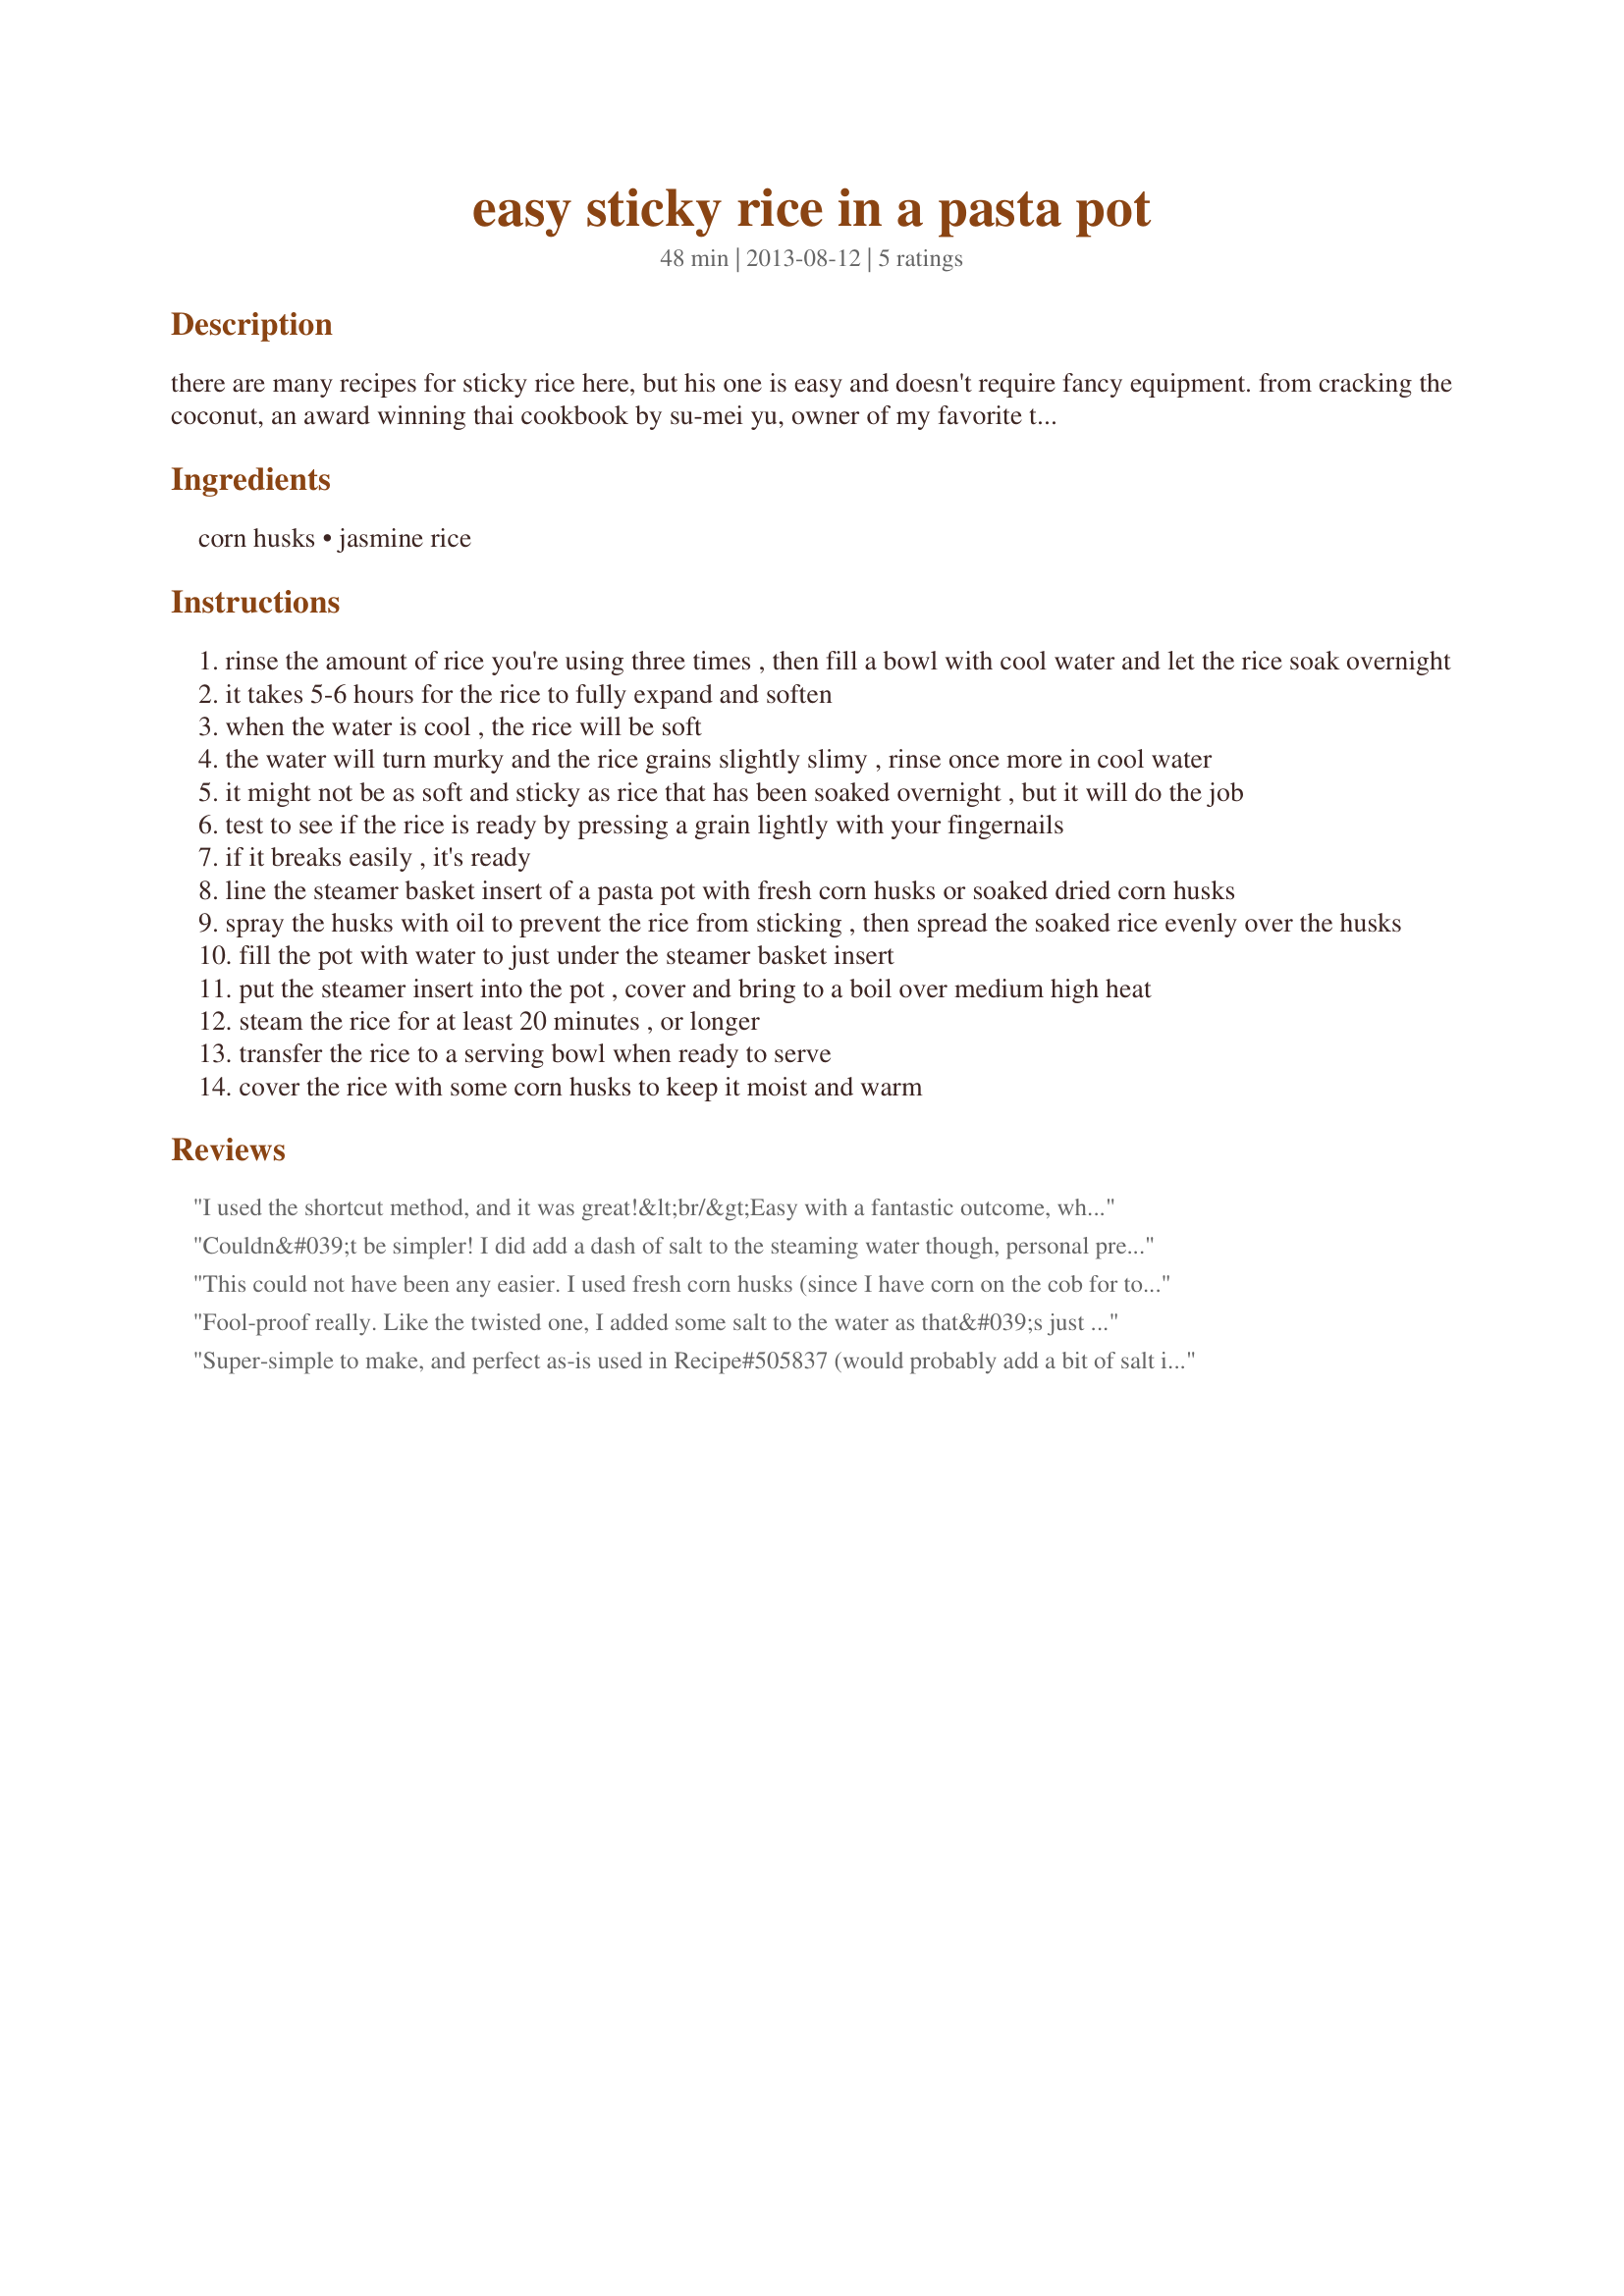
easy sticky rice in a pasta pot
Preparation time: 48 minutes

there are many recipes for sticky rice here, but his one is easy and doesn't require fancy equipment. from cracking the coconut, an award winning thai cookbook by su-mei yu, owner of my favorite thai restaurant in san diego. yield is dependent on how much rice you make. i've stated 2 cups only because the site requires an amount. prep time does not include soaking time!

Ingredients:
corn husks, jasmine rice

Steps:
rinse the amount of rice you're using three times , then fill a bowl with cool water and let the rice soak overnight
it takes 5-6 hours for the rice to fully expand and soften
when the water is cool , the rice will be soft
the water will turn murky and the rice grains slightly slimy , rinse once more in cool water
it might not be as soft and sticky as rice that has been soaked overnight , but it will do the job
test to see if the rice is ready by pressing a grain lightly with your fingernails
if it breaks easily , it's ready
line the steamer basket insert of a pasta pot with fresh corn husks or soaked dried corn husks
spray the husks with oil to prevent the rice from sticking , then spread the soaked rice evenly over the husks
fill the pot with water to just under the steamer basket insert
put the steamer insert into the pot , cover and bring to a boil over medium high heat
steam the rice for at least 20 minutes , or longer
transfer the rice to a serving bowl when ready to serve
cover the rice with some corn husks to keep it moist and warm

Reviews:
I used the shortcut method, and it was great!&lt;br/&gt;Easy with a fantastic outcome, which we all loved.&lt;br/&gt;Would not change a thing!&lt;br/&gt;Thanks Jostlori.
Couldn&#039;t be simpler! I did add a dash of salt to the steaming water though, personal preference. Thanks for sharing, made for ZWT9
This could not have been any easier. I used fresh corn husks (since I have corn on the cob for tomorrow&#039;s dinner sitting on my counter). I used my 3 tiered bamboo steamer to make this dish. I served this with Recipe #406829. Hubby mixed his pork into the rice. They went well together. We enjoyed it very much. Thank you for posting your recipe. (Made for ZWT9)
Fool-proof really. Like the twisted one, I added some salt to the water as that&#039;s just the way I do it (and it does improve the flavour, I think). Thanks Lori.
Super-simple to make, and perfect as-is used in Recipe#505837 (would probably add a bit of salt if I was planning to use it as a side dish for something savory). I was occupied with some other cooking for the day, so I started soaking this early enough that it would be ready for that night, which worked out perfectly for me. Thanks for posting! Made for The Hot Pink Panthers for ZWT9.
